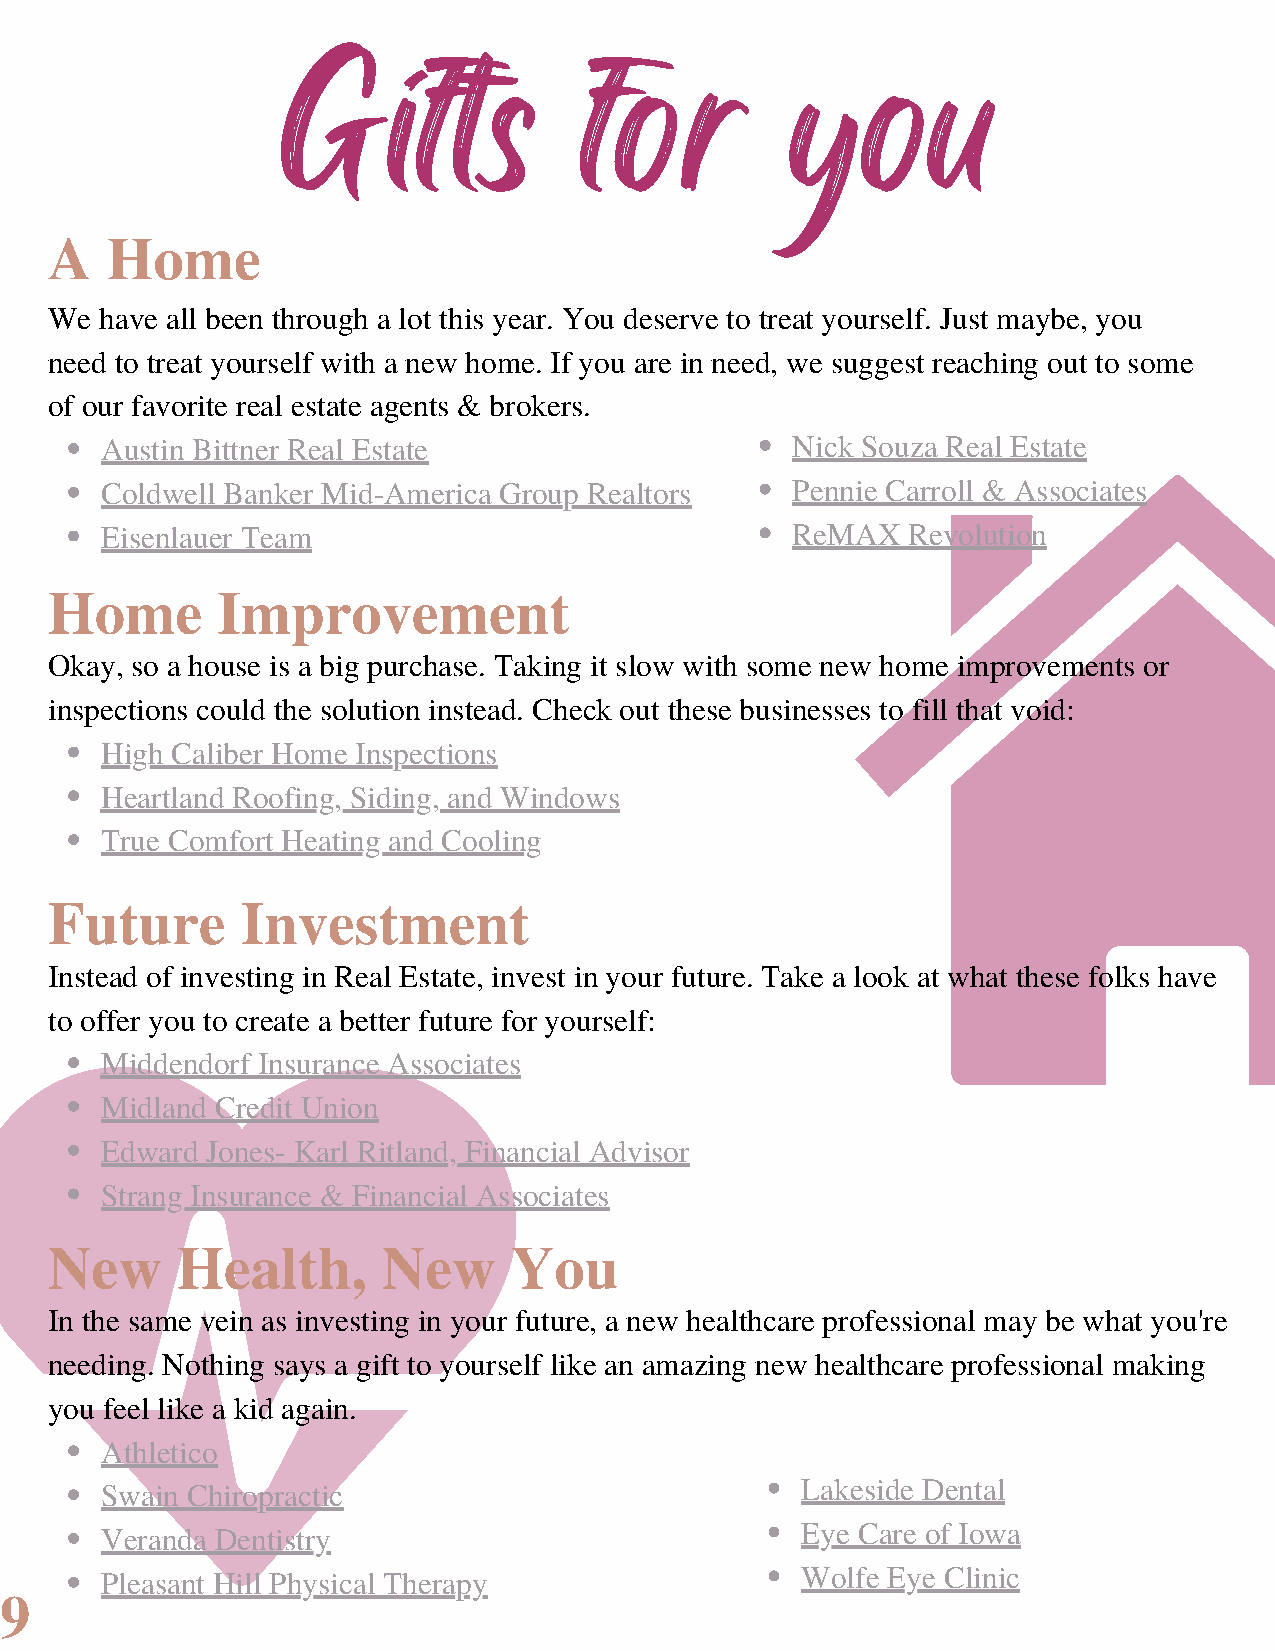
Gifts              for           you
 A   Home
 We  have all been through a lot this year. You deserve to treat yourself. Just maybe, you
 need to treat yourself with a new home. If you are in need, we suggest reaching out to some
 of our favorite real estate agents & brokers.
 Austin Bittner Real Estate                   Nick Souza Real Estate
 Coldwell Banker Mid-America Group Realtors   Pennie Carroll & Associates
 Eisenlauer Team                              ReMAX   Revolution
 Home       Improvement
 Okay, so a house is a big purchase. Taking it slow with some new home improvements or
 inspections could the solution instead. Check out these businesses to fill that void:
 High Caliber Home Inspections
 Heartland Roofing, Siding, and Windows
 True Comfort Heating and Cooling
 Future       Investment
 Instead of investing in Real Estate, invest in your future. Take a look at what these folks have
 to offer you to create a better future for yourself:
 Middendorf Insurance Associates
 Midland Credit Union
 Edward Jones- Karl Ritland, Financial Advisor
 Strang Insurance & Financial Associates
 New      Health,      New      You
 In the same vein as investing in your future, a new healthcare professional may be what you're
 needing. Nothing says a gift to yourself like an amazing new healthcare professional making
 you feel like a kid again.
 Athletico
 Lakeside Dental
 Swain Chiropractic
 Eye Care of Iowa
 Veranda Dentistry
 Wolfe Eye Clinic
 Pleasant Hill Physical Therapy
 9